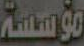
مؤسسة